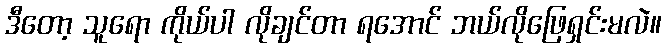
ဒီတော့ သူရော ကိုယ်ပါ လိုချင်တာ ရအောင် ဘယ်လိုဖြေရှင်းမလဲ။